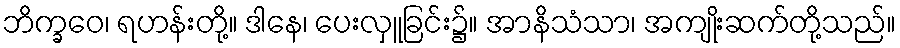
ဘိက္ခဝေ၊ ရဟန်းတို့။ ဒါနေ၊ ပေးလှူခြင်း၌။ အာနိသံသာ၊ အကျိုးဆက်တို့သည်။